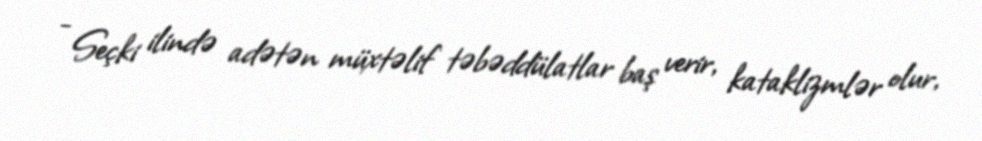
- Seçki ilində adətən müxtəlif təbəddülatlar baş verir, kataklizmlər olur,